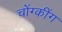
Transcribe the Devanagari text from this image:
चोंग्कींग